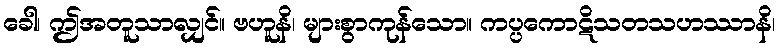
ခေါ၊ ဤအတူသာလျှင်။ ဗဟူနိ၊ များစွာကုန်သော။ ကပ္ပကောဋိသတသဟဿာနိ၊